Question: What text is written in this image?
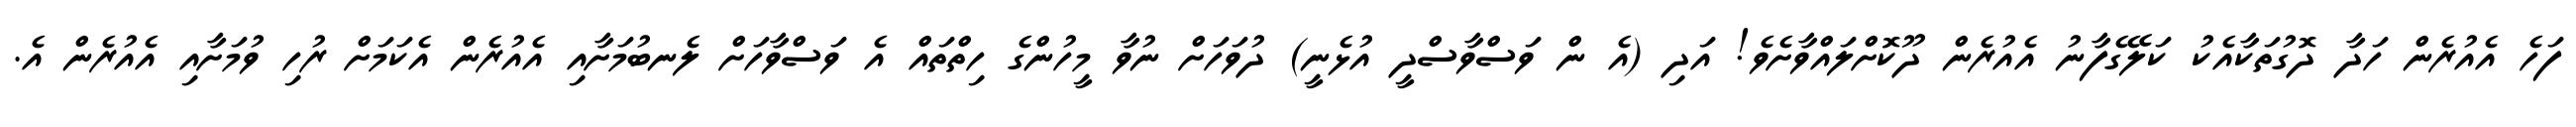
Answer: ފަހެ އެއުރެން ހަދާ ދޮގުތަކާއެކު ކަލޭގެފާނު އެއުރެން ދޫކޮށްލައްވާށެވެ! އަދި (އެ ން ވަސްވާސްދީ އުޅެނީ) ދުވަހަށް ނުވާ މީހުންގެ ހިތްތައް އެ ވަސްވާހަށް ލެނބުމަށާއި އެއުރެން އެކަމަށް ރުހި ވުމަށާއި އެއުރެން އެ.